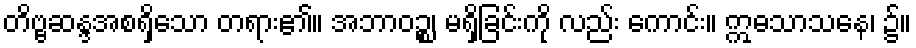
တိဗ္ဗဆန္ဒအစရှိသော တရား၏။ အဘာဝဉ္စ၊ မရှိခြင်းကို လည်း ကောင်း။ ဣဓသာသနေ၊ ၌။